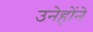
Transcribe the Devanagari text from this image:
उनेहोंने